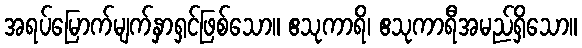
အရပ်မြောက်မျက်နှာရှင်ဖြစ်သော။ ဧသုကာရိ၊ ဧသုကာရီအမည်ရှိသော။